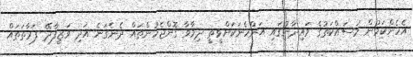
އެހެންކަމުން މަސައްކަތުގެ މައިދާނުގައި އަންހެނަކަށްވީތީ ދިމާވާ ގޮންޖެހުންތައް ދެނެގަނެ އަދި ވަޒީފާދޭ ފަރާތަތައް